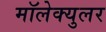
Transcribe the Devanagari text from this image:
मॉलेक्‍युलर